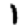
Digit: 1